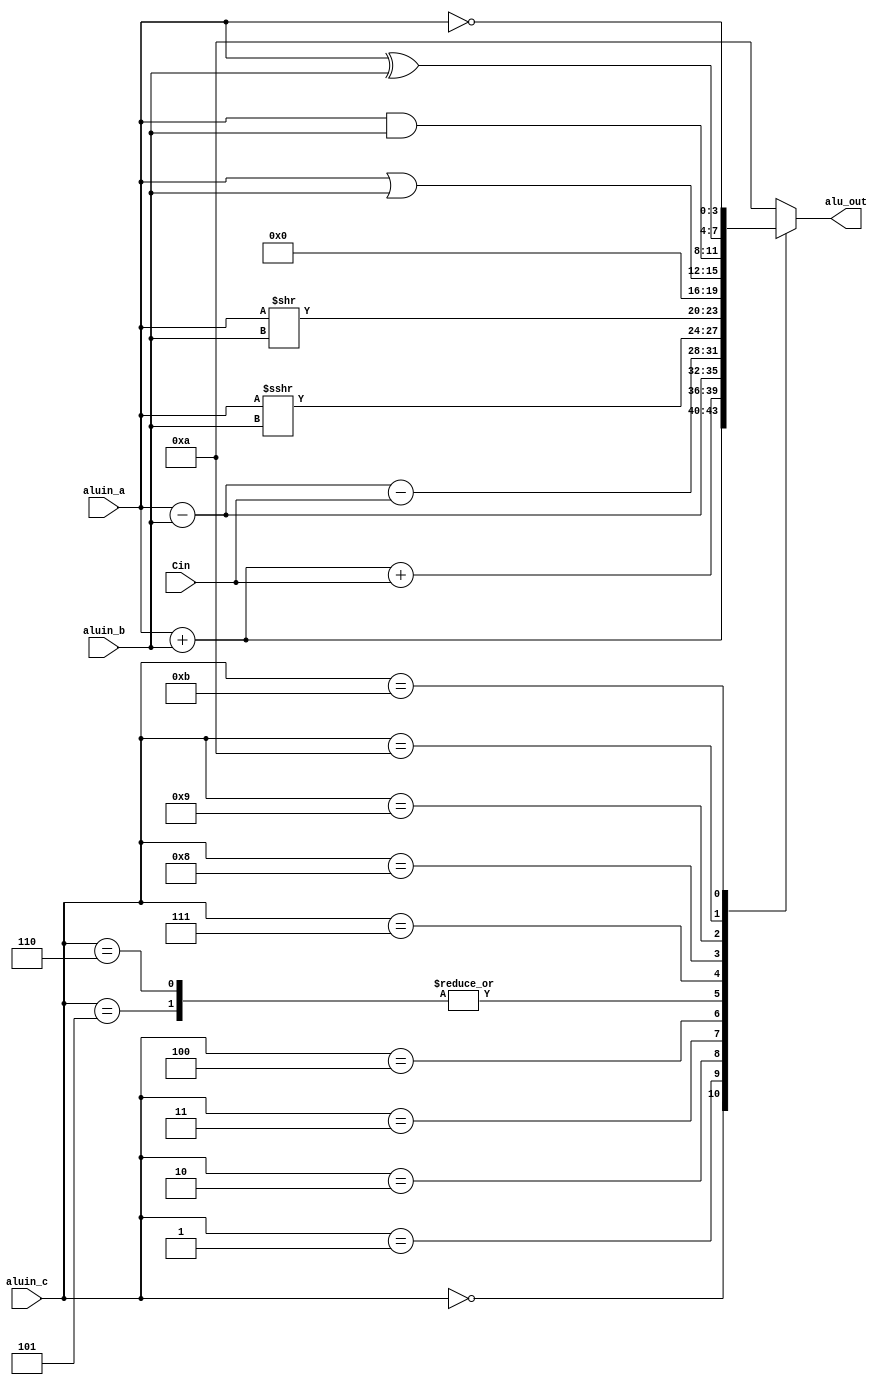
module alu4bit(alu_out, aluin_a, aluin_b, aluin_c, Cin);

input [3:0] aluin_a;
input [3:0] aluin_b;
   input [3:0] aluin_c;
   input [3:0] Cin;
output [3:0] alu_out;
   reg [3:0] alu_out;
   always @(aluin_a, aluin_b, aluin_c, Cin)   
   begin
   case (aluin_c)
   4'b0000: alu_out= aluin_a + aluin_b;
4'b0001: alu_out= aluin_a + aluin_b + Cin;
   4'b0010: alu_out= aluin_a - aluin_b;
   4'b0011: alu_out= aluin_a - aluin_b - Cin;
   4'b0100: alu_out= aluin_a >>> (aluin_b);
   4'b0101: alu_out= aluin_a >> aluin_b ;
   4'b0110: alu_out= rotate_right(aluin_a,aluin_b);
   4'b0111: alu_out= "0000";
   4'b1000: alu_out= aluin_a | aluin_b;
   4'b1001: alu_out= aluin_a & aluin_b;
   4'b1010: alu_out= aluin_a ^ aluin_b;
   4'b1011: alu_out= ~aluin_a;
   default: alu_out= "ZZZZ";
endcase
end


function [3:0] rotate_right;
input [3:0] reg_address;
input [3:0] reg_val;
begin
rotate_right = reg_address >> reg_val;
end
endfunction

endmodule